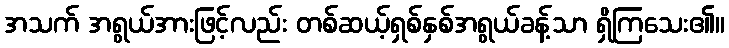
အသက် အရွယ်အားဖြင့်လည်း တစ်ဆယ့်ရှစ်နှစ်အရွယ်ခန့်သာ ရှိကြသေး၏။